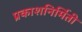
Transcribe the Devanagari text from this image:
प्रकाशनिर्मिती